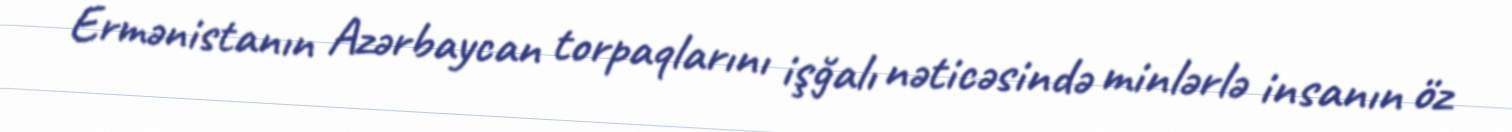
Ermənistanın Azərbaycan torpaqlarını işğalı nəticəsində minlərlə insanın öz